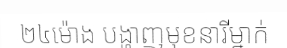
២៤ម៉ោង បង្ហាញមុខនារីម្នាក់